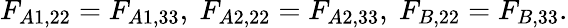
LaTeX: F_{A1,22}=F_{A1,33},\ F_{A2,22}=F_{A2,33},\ F_{B,22}=F_{B,33}.